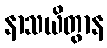
နာသယိတွာန